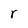
Character: r